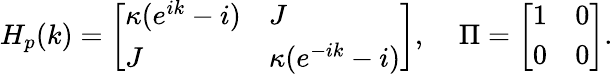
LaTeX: H_{p}(k)=\left[\begin{array}{ll}{\kappa(e^{ik}-i)}&{J}\\ {J}&{\kappa(e^{-ik}-i)}\end{array}\right],\; \; \; \; \Pi=\left[\begin{array}{ll}{1}&{0}\\ {0}&{0}\end{array}\right].